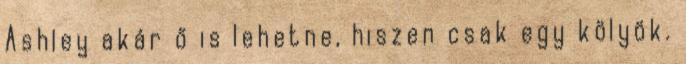
Ashley akár ő is lehetne, hiszen csak egy kölyök.